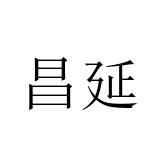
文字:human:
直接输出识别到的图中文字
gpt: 昌延